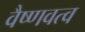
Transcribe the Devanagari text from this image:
वैष्णवत्व